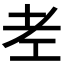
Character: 𦒳